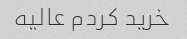
خرید کردم عالیه